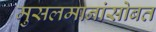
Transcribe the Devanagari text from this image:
मुसलमानांसोबत